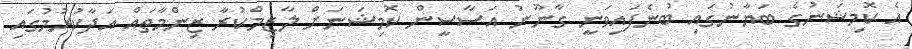
އެ ކޮމިޝަނުގެ ބަޔާނުގައި ބުނެފައިވަނީ ގާނޫނު އަސާސީން ކޮމިޝަނަށް ލާޒިމްކުރާ ޒިންމާތައް އަދާކުރުމުގައި